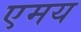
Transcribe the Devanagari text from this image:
एमय